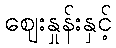
ဈေးနှုန်းနှင့်